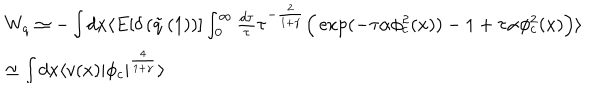
LaTeX: \begin{array} { l } { { W _ { q } \simeq - \int d x \langle E [ \delta \left( \tilde { q } \left( 1 \right) \right) ] \int _ { 0 } ^ { \infty } \frac { d \tau } { \tau } \tau ^ { - \frac { 2 } { 1 + \gamma } } \Big ( \exp ( - \tau \alpha \phi _ { c } ^ { 2 } ( x ) ) - 1 + \tau \alpha \phi _ { c } ^ { 2 } ( x ) \Big ) \rangle } } \\ { { \simeq \int d x \langle v ( x ) \vert \phi _ { c } \vert ^ { \frac { 4 } { 1 + \gamma } } \rangle } } \\ \end{array}